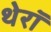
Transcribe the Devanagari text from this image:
थेरॉ